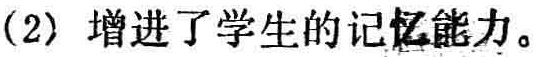
(2) 增进了学生的记忆能力。